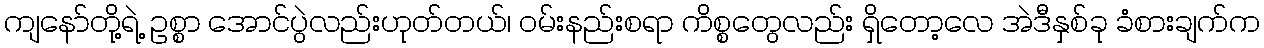
ကျနော်တို့ရဲ့ ဥစ္စာ အောင်ပွဲလည်းဟုတ်တယ်၊ ဝမ်းနည်းစရာ ကိစ္စတွေလည်း ရှိတော့လေ အဲဒီနှစ်ခု ခံစားချက်က